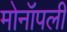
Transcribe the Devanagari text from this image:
मोनॉपली